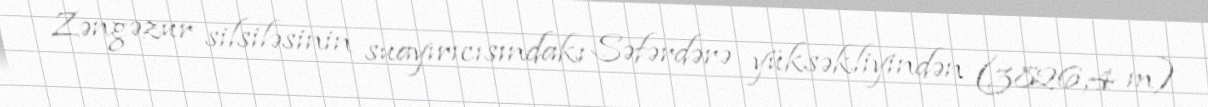
Zəngəzur silsiləsinin suayırıcısındakı Səfərdərə yüksəkliyindən (3826,4 m)